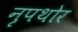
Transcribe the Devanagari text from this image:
नृपथोर